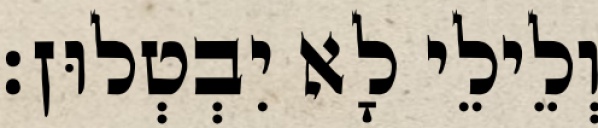
וְלֵילֵי לָא יִבְטְלוּן׃